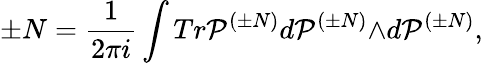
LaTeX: \pm N=\frac{1}{2{\pi}i}\int Tr{\cal P}^{({\pm}N)}d{\cal P}^{({\pm}N)}{\wedge}d{\cal P}^{({\pm}N)},